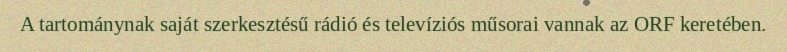
A tartománynak saját szerkesztésű rádió és televíziós műsorai vannak az ORF keretében.